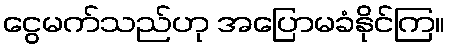
ငွေမက်သည်ဟု အပြောမခံနိုင်ကြ။